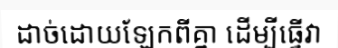
ដាច់ដោយឡែកពីគ្នា ដើម្បីធ្វើវា